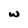
Character: w